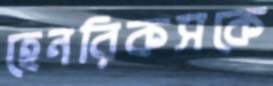
হেনরিকসকে